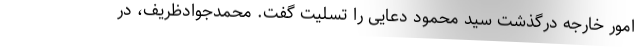
امور خارجه درگذشت سید محمود دعایی را تسلیت گفت. محمدجوادظریف، در